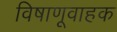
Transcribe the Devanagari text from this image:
विषाणूवाहक